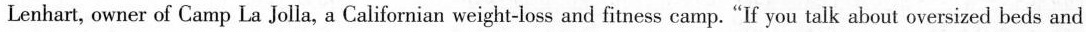
Lenhart, owner of Camp La Jolla, a Californian weight-loss and fitness camp. "If you talk about oversized beds and